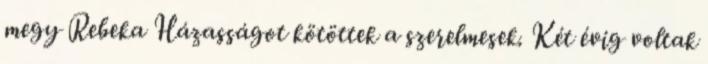
megy Rebeka Házasságot kötöttek a szerelmesek. Két évig voltak